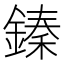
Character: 𨪦